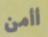
أأمن